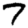
Digit: 7